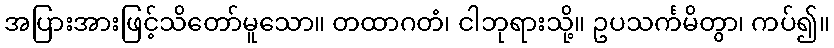
အပြားအားဖြင့်သိတော်မူသော။ တထာဂတံ၊ ငါဘုရားသို့။ ဥပသင်္ကမိတွာ၊ ကပ်၍။